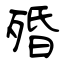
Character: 殙